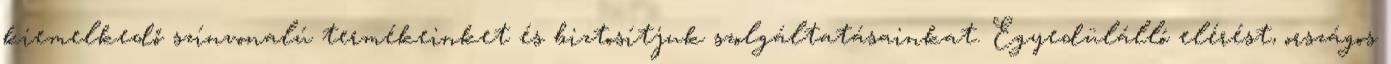
kiemelkedő színvonalú termékeinket és biztosítjuk szolgáltatásainkat. Egyedülálló elérést, országos